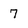
Character: 7